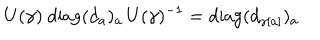
U ( \gamma ) \mathrm { ~ d i a g } ( d _ { a } ) _ { a } \, U ( \gamma ) ^ { - 1 } = \mathrm { d i a g } ( d _ { \gamma [ a ] } ) _ { a }